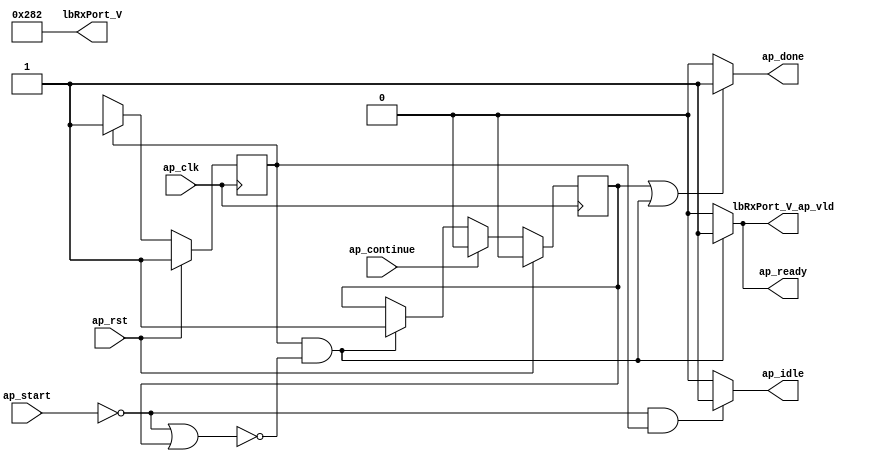
// This program was cloned from: https://github.com/mustafabbas/ECE1373_2016_hft_on_fpga
// License: MIT License

// ==============================================================
// RTL generated by Vivado(TM) HLS - High-Level Synthesis from C, C++ and SystemC
// Version: 2016.3
// Copyright (C) 1986-2016 Xilinx, Inc. All Rights Reserved.
// 
// ===========================================================

`timescale 1 ns / 1 ps 

module Block_codeRepl30_pro (
        ap_clk,
        ap_rst,
        ap_start,
        ap_done,
        ap_continue,
        ap_idle,
        ap_ready,
        lbRxPort_V,
        lbRxPort_V_ap_vld
);

parameter    ap_ST_fsm_state1 = 1'b1;
parameter    ap_const_lv32_0 = 32'b00000000000000000000000000000000;
parameter    ap_const_lv16_282 = 16'b1010000010;

input   ap_clk;
input   ap_rst;
input   ap_start;
output   ap_done;
input   ap_continue;
output   ap_idle;
output   ap_ready;
output  [15:0] lbRxPort_V;
output   lbRxPort_V_ap_vld;

reg ap_done;
reg ap_idle;
reg ap_ready;
reg lbRxPort_V_ap_vld;

reg    ap_done_reg;
(* fsm_encoding = "none" *) reg   [0:0] ap_CS_fsm;
wire   [0:0] ap_CS_fsm_state1;
reg   [0:0] ap_NS_fsm;

// power-on initialization
initial begin
#0 ap_done_reg = 1'b0;
#0 ap_CS_fsm = 1'b1;
end

always @ (posedge ap_clk) begin
    if (ap_rst == 1'b1) begin
        ap_CS_fsm <= ap_ST_fsm_state1;
    end else begin
        ap_CS_fsm <= ap_NS_fsm;
    end
end

always @ (posedge ap_clk) begin
    if (ap_rst == 1'b1) begin
        ap_done_reg <= 1'b0;
    end else begin
        if ((1'b1 == ap_continue)) begin
            ap_done_reg <= 1'b0;
        end else if (((ap_CS_fsm_state1 == 1'b1) & ~((ap_start == 1'b0) | (ap_done_reg == 1'b1)))) begin
            ap_done_reg <= 1'b1;
        end
    end
end

always @ (*) begin
    if (((1'b1 == ap_done_reg) | ((ap_CS_fsm_state1 == 1'b1) & ~((ap_start == 1'b0) | (ap_done_reg == 1'b1))))) begin
        ap_done = 1'b1;
    end else begin
        ap_done = 1'b0;
    end
end

always @ (*) begin
    if (((1'b0 == ap_start) & (ap_CS_fsm_state1 == 1'b1))) begin
        ap_idle = 1'b1;
    end else begin
        ap_idle = 1'b0;
    end
end

always @ (*) begin
    if (((ap_CS_fsm_state1 == 1'b1) & ~((ap_start == 1'b0) | (ap_done_reg == 1'b1)))) begin
        ap_ready = 1'b1;
    end else begin
        ap_ready = 1'b0;
    end
end

always @ (*) begin
    if (((ap_CS_fsm_state1 == 1'b1) & ~((ap_start == 1'b0) | (ap_done_reg == 1'b1)))) begin
        lbRxPort_V_ap_vld = 1'b1;
    end else begin
        lbRxPort_V_ap_vld = 1'b0;
    end
end

always @ (*) begin
    case (ap_CS_fsm)
        ap_ST_fsm_state1 : begin
            ap_NS_fsm = ap_ST_fsm_state1;
        end
        default : begin
            ap_NS_fsm = 'bx;
        end
    endcase
end

assign ap_CS_fsm_state1 = ap_CS_fsm[ap_const_lv32_0];

assign lbRxPort_V = ap_const_lv16_282;

endmodule //Block_codeRepl30_pro